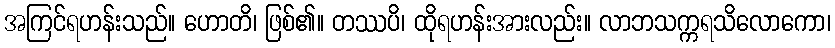
အကြင်ရဟန်းသည်။ ဟောတိ၊ ဖြစ်၏။ တဿပိ၊ ထိုရဟန်းအားလည်း။ လာဘသက္ကရသိလောကော၊